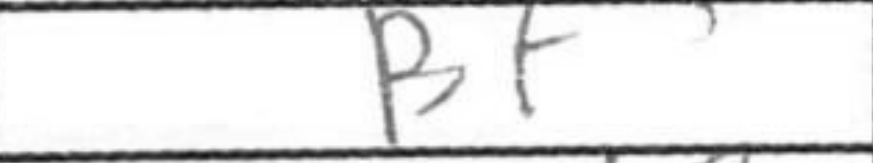
Transcription: Bf5